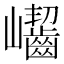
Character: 𡿖